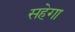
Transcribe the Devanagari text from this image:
सहेगा